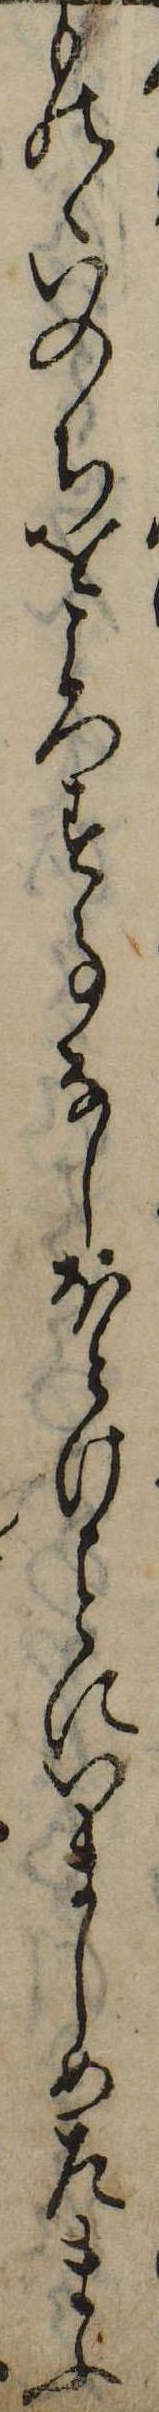
ものゝいのちをころす事なしほとけにいましめたまふ